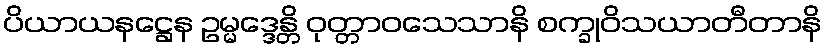
ပိယာယနဋ္ဌေန ဥမ္မဒ္ဒေန္တိ ဝုတ္တာဝသေသာနိ စက္ခုဝိသယာတီတာနိ